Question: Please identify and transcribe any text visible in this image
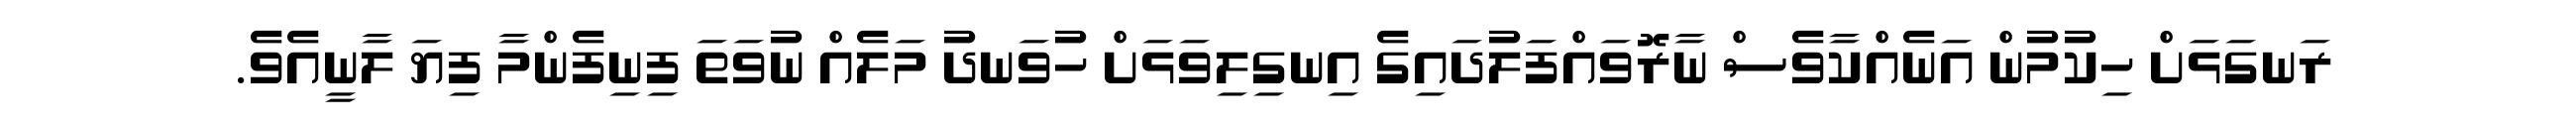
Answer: ރަނގަޅަށް ހިކުމުން އަނެއްކާވެސް ނާރޮވައްފަލުދައިގެ އިނގިލިވަޅަށް ހުވަނދު މަލެއް ނުވަތަ ފިނިފެންމާ ފިޔަ ލާނީއެވެ.